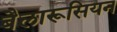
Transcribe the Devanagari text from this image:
बैलारूसियन